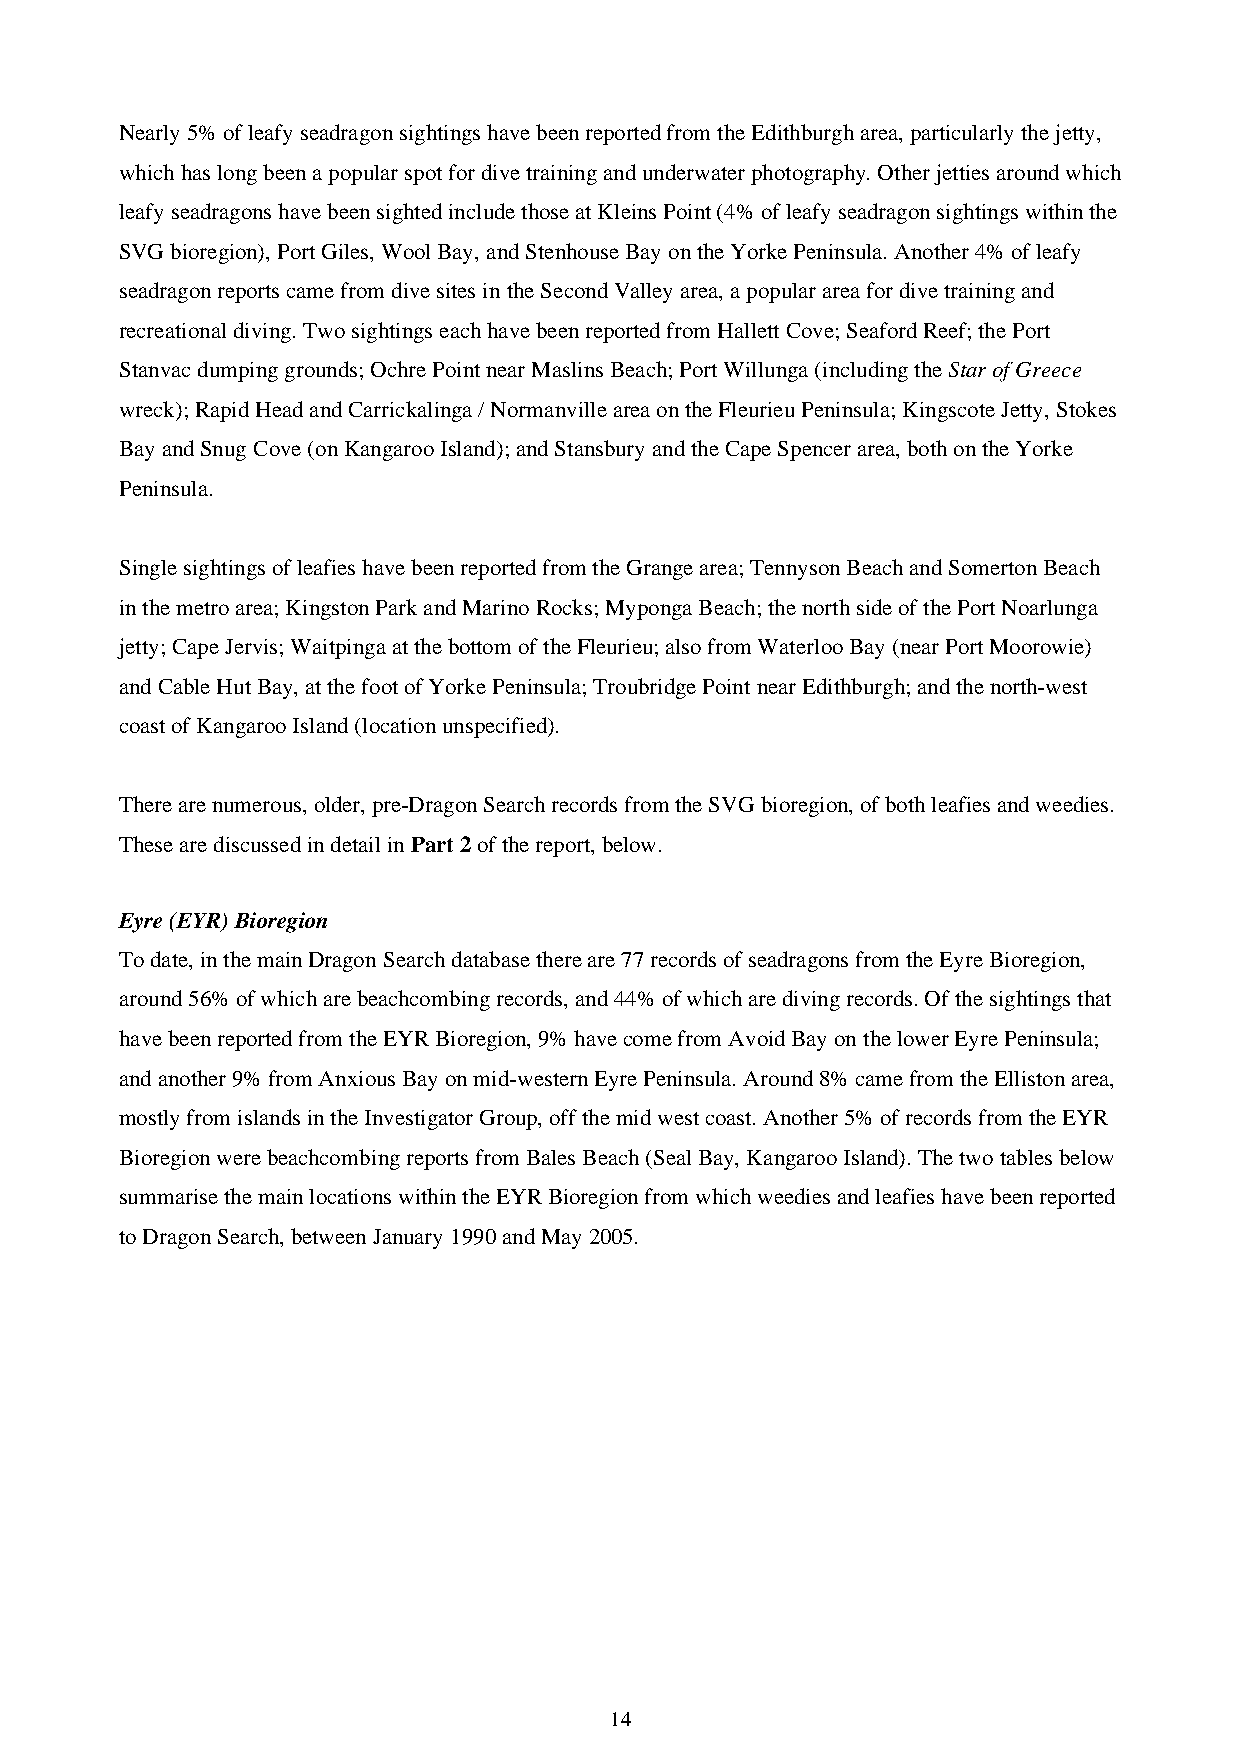
Nearly 5% of leafy seadragon sightings have been reported from the Edithburgh area, particularly the jetty,
 which has long been a popular spot for dive training and underwater photography. Other jetties around which
 leafy seadragons have been sighted include those at Kleins Point (4% of leafy seadragon sightings within the
 SVG bioregion), Port Giles, Wool Bay, and Stenhouse Bay on the Yorke Peninsula. Another 4% of leafy
 seadragon reports came from dive sites in the Second Valley area, a popular area for dive training and
 recreational diving. Two sightings each have been reported from Hallett Cove; Seaford Reef; the Port
 Stanvac dumping grounds; Ochre Point near Maslins Beach; Port Willunga (including the Star of Greece
 wreck); Rapid Head and Carrickalinga / Normanville area on the Fleurieu Peninsula; Kingscote Jetty, Stokes
 Bay and Snug Cove (on Kangaroo Island); and Stansbury and the Cape Spencer area, both on the Yorke
 Peninsula.
 Single sightings of leafies have been reported from the Grange area; Tennyson Beach and Somerton Beach
 in the metro area; Kingston Park and Marino Rocks; Myponga Beach; the north side of the Port Noarlunga
 jetty; Cape Jervis; Waitpinga at the bottom of the Fleurieu; also from Waterloo Bay (near Port Moorowie)
 and Cable Hut Bay, at the foot of Yorke Peninsula; Troubridge Point near Edithburgh; and the north-west
 coast of Kangaroo Island (location unspecified).
 There are numerous, older, pre-Dragon Search records from the SVG bioregion, of both leafies and weedies.
 These are discussed in detail in Part 2 of the report, below.
 Eyre (EYR) Bioregion
 To date, in the main Dragon Search database there are 77 records of seadragons from the Eyre Bioregion,
 around 56% of which are beachcombing records, and 44% of which are diving records. Of the sightings that
 have been reported from the EYR Bioregion, 9% have come from Avoid Bay on the lower Eyre Peninsula;
 and another 9% from Anxious Bay on mid-western Eyre Peninsula. Around 8% came from the Elliston area,
 mostly from islands in the Investigator Group, off the mid west coast. Another 5% of records from the EYR
 Bioregion were beachcombing reports from Bales Beach (Seal Bay, Kangaroo Island). The two tables below
 summarise the main locations within the EYR Bioregion from which weedies and leafies have been reported
 to Dragon Search, between January 1990 and May 2005.
 14